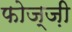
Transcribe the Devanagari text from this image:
फोज्ज़ी